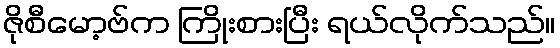
ဇိုစီမော့ဗ်က ကြိုးစားပြီး ရယ်လိုက်သည်။